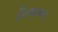
નિલામત